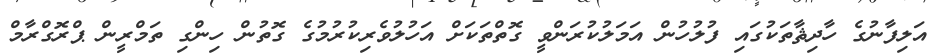
އަލިފާނުގެ ހާދިޘާތަކުގައި ފުލުހުން އަމަލުކުރަންވީ ގޮތްތަކަށް އަހުލުވެރިކުރުމުގެ ގޮތުން ހިންގި ތަމްރީން ޕްރޮގްރާމް